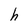
Character: h